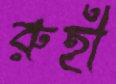
রুহী